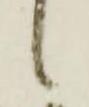
候